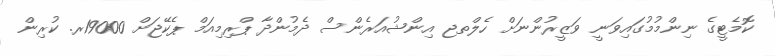
ކޮމެޓީގެ ނިންމުމުގައިވަނީ ވަޒީރުންނަށް ހެލްތޖ އިންޝުއަރެންސް ދެމުންދާ ޕްރިމިއަމް ޕެކޭޖަށް 19000ރ. ކުރިން